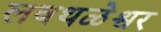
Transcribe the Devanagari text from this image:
लवथळेश्वर